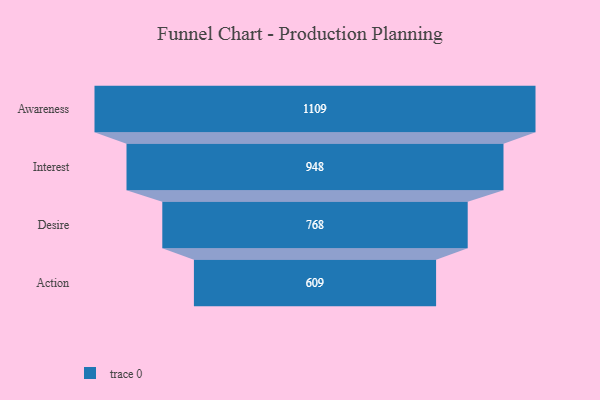
{"axis": {"x": "Stage", "y": "Value"}, "legend": [""], "data": [{"x": "Awareness", "y": 1109.0, "type": ""}, {"x": "Interest", "y": 948.0, "type": ""}, {"x": "Desire", "y": 768.0, "type": ""}, {"x": "Action", "y": 609.0, "type": ""}]}